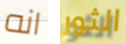
انه الثور